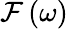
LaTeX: \mathcal{F}\left(\omega\right)